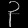
Digit: ၃